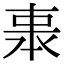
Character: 𠁱